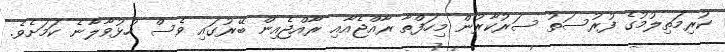
ކުރިމަތިލުމުގެ ފުރުސަތު ސަރުކާރުން މިހަފްތާ ރާއްޖެއާއި ރާއްޖެއިން ބޭރުގައި ވެސް ހުޅުވާލާނެ ކަމަށެވެ.